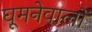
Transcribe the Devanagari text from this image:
घूमनेवालों